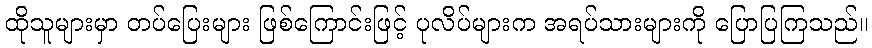
ထိုသူများမှာ တပ်ပြေးများ ဖြစ်ကြောင်းဖြင့် ပုလိပ်များက အရပ်သားများကို ပြောပြကြသည်။